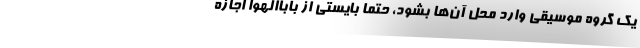
یک گروه موسیقی وارد محل آن‌ها بشود، حتما بایستی از باباالهوا اجازه